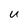
Character: u